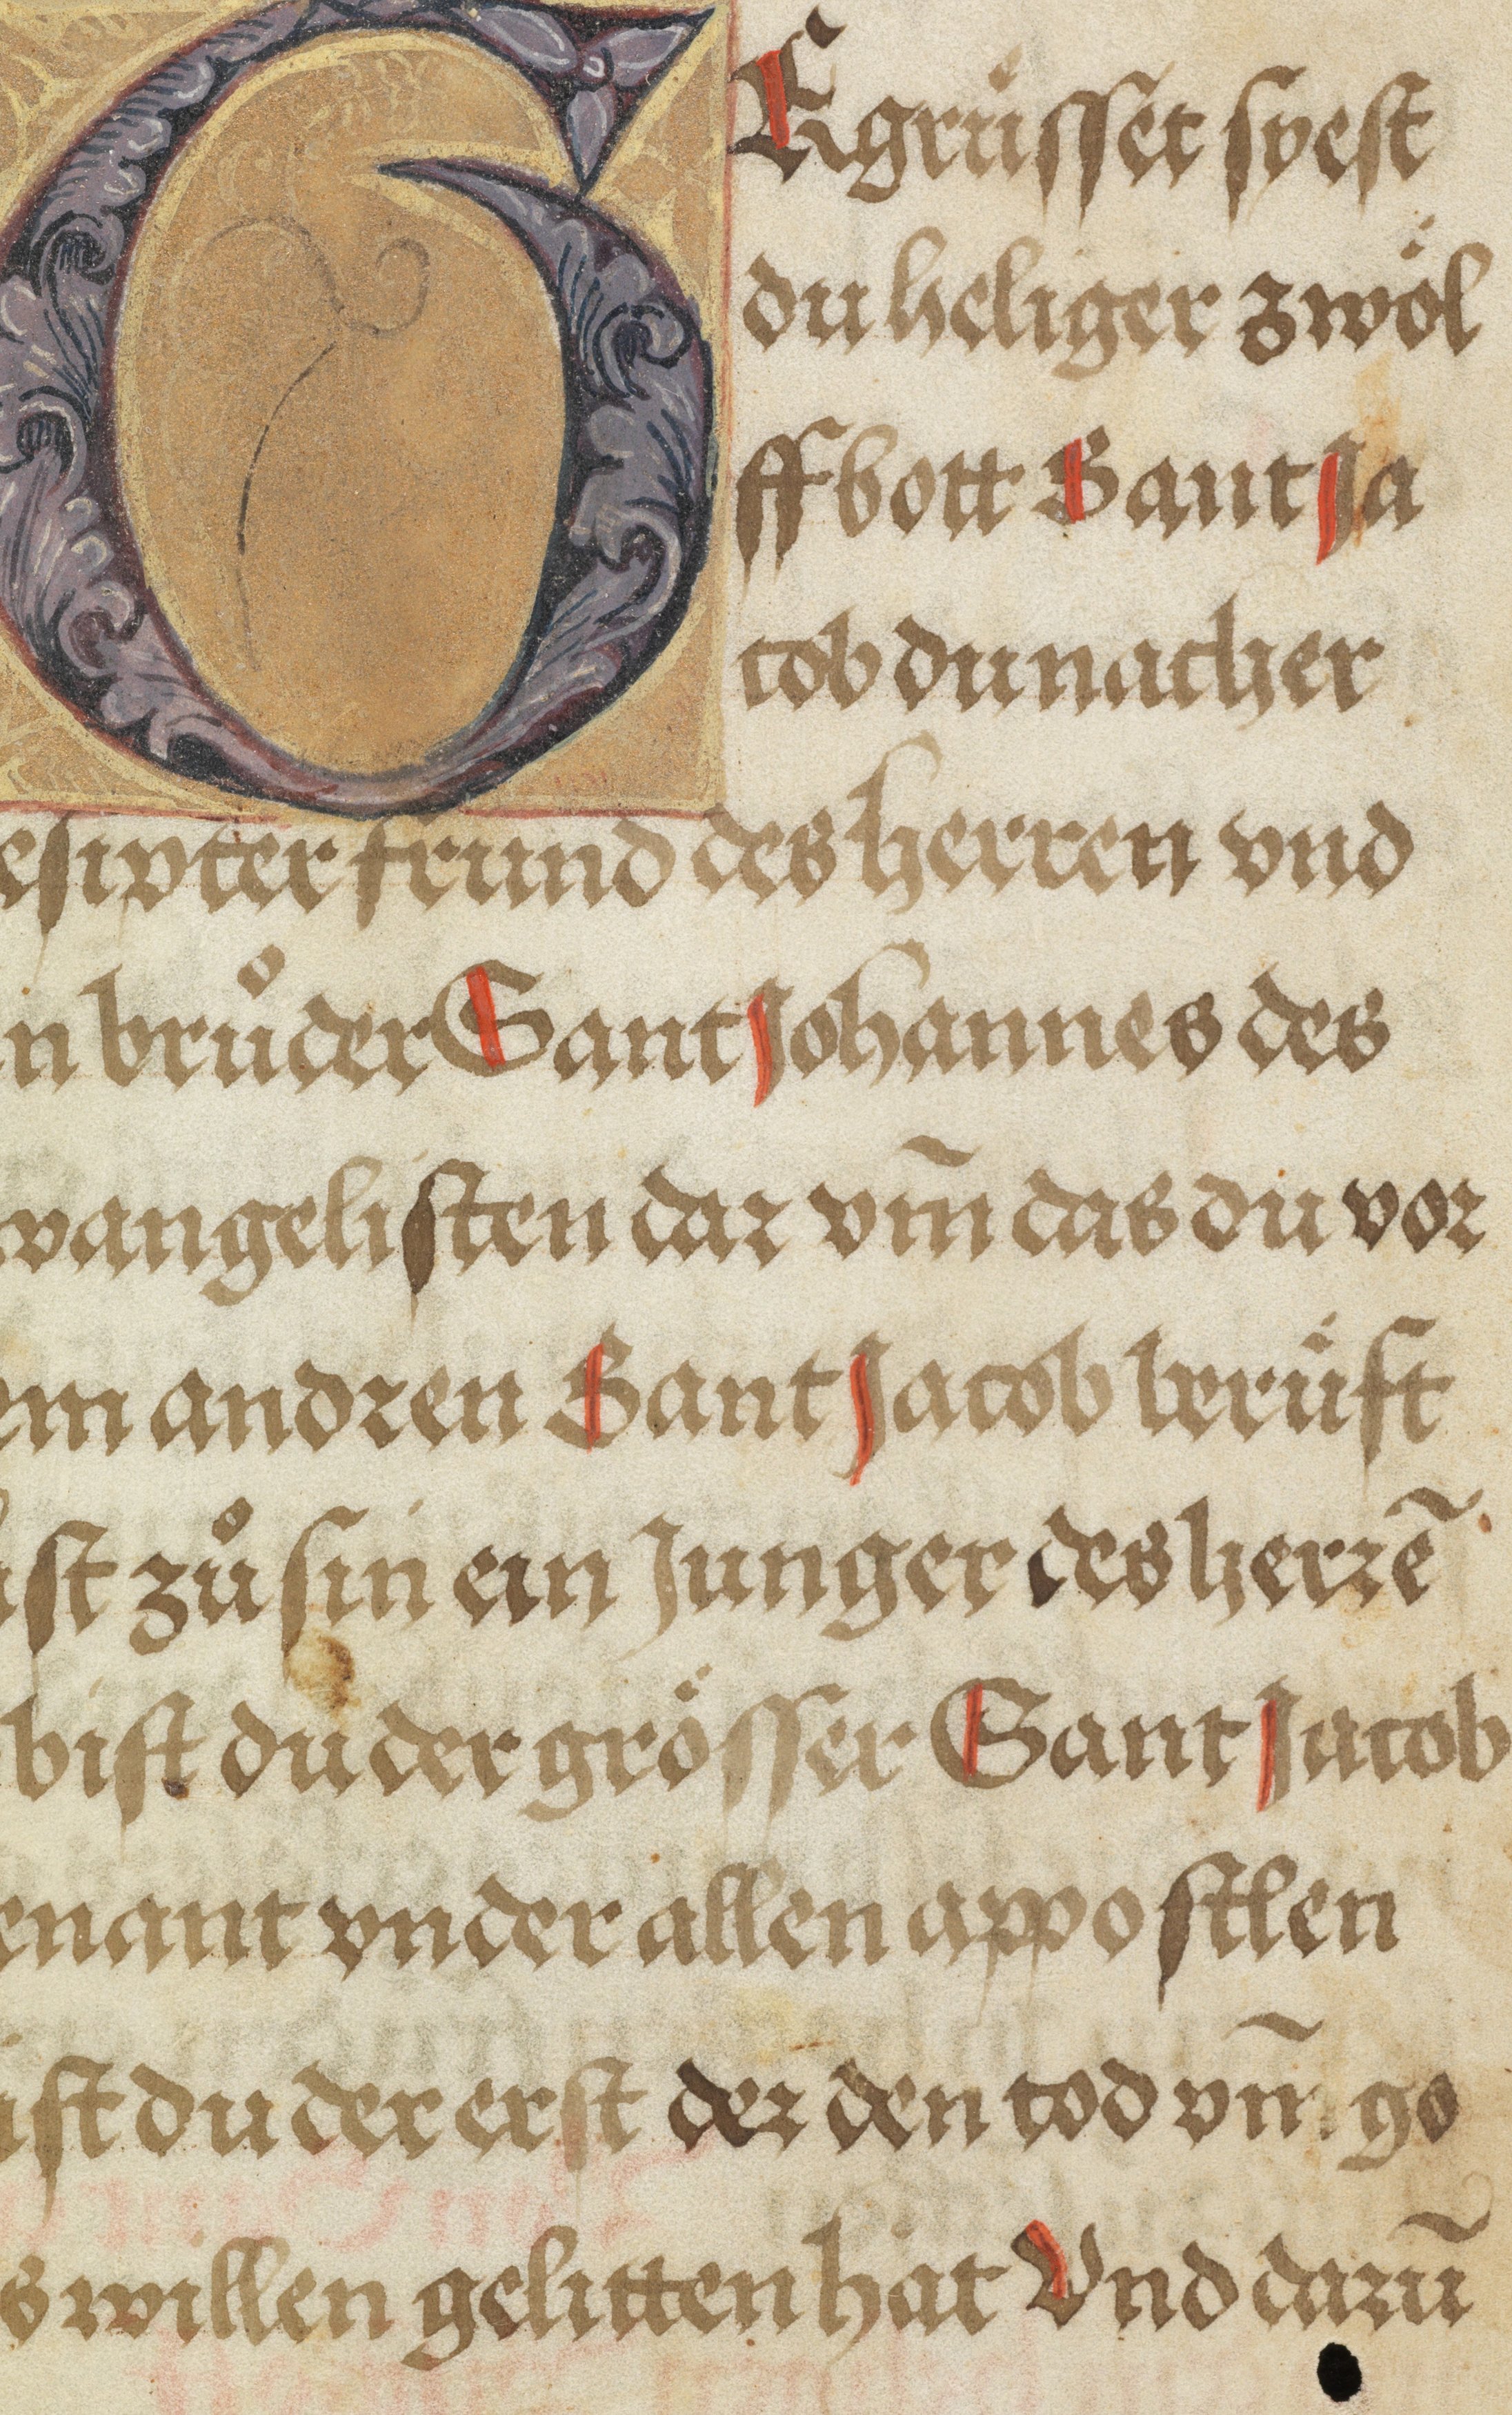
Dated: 1500–1530